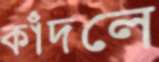
কাঁদলে